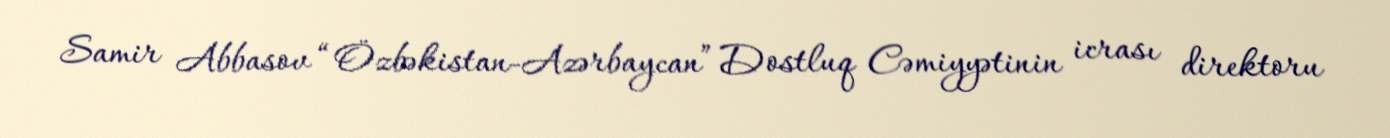
Samir Abbasov “Özbəkistan-Azərbaycan” Dostluq Cəmiyyətinin icrası direktoru